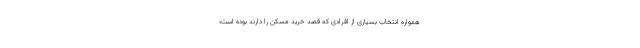
همواره انتخاب بسیاری از افرادی که قصد خرید مسکن را دارند بوده است؛